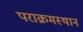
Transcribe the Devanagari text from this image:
पराक्रमस्थान